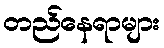
တည်နေရာများ